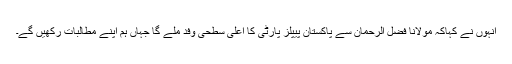
انہوں نے کہاکہ مولانا فضل الرحمان سے پاکستان پیپلز پارٹی کا اعلی سطحی وفد ملے گا جہاں ہم اپنے مطالبات رکھیں گے۔